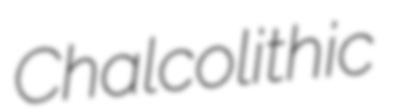
Chalcolithic